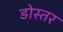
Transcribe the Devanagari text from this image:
डोस्तर